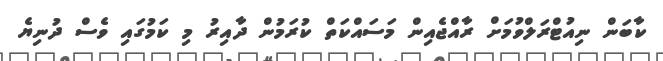
ކާބަން ނިއުޓްރަލްވުމަށް ރާއްޖެއިން މަސައްކަތް ކުރަމުން ދާއިރު މި ކަމުގައި ވެސް ދުނިޔެ